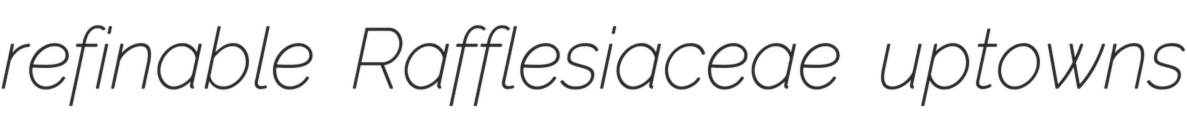
refinable Rafflesiaceae uptowns